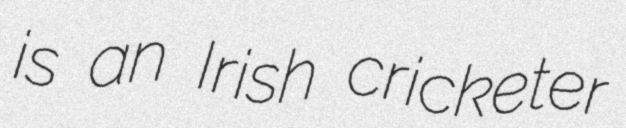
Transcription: is an Irish cricketer